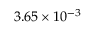
3 . 6 5 \times 1 0 ^ { - 3 }